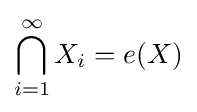
\bigcap _{i=1}^{\infty }X_{i}=e(X)